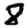
Digit: 8